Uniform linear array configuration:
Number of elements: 8
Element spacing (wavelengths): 0.75
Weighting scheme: hamming
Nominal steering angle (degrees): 45
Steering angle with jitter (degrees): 45.541
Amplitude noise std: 0.05
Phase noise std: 0.05

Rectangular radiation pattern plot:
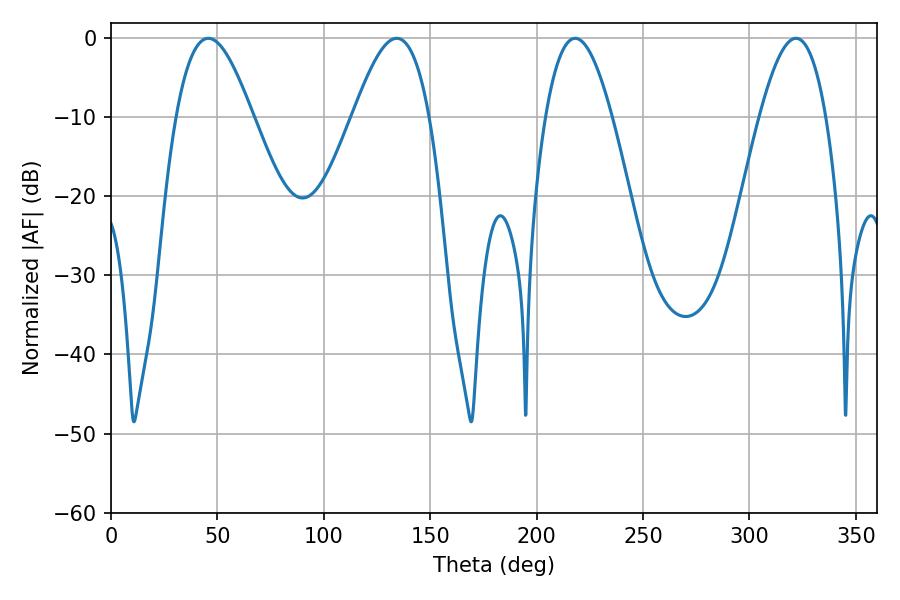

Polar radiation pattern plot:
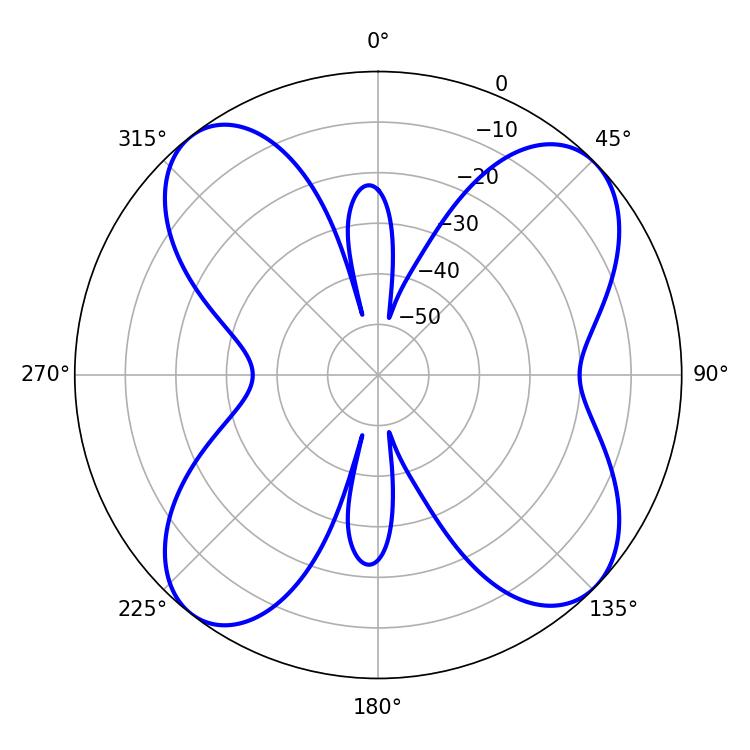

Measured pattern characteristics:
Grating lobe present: TRUE
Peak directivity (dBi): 11.422
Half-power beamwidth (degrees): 19.44
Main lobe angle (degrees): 45.72